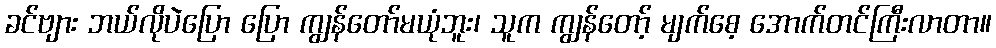
ခင်ဗျား ဘယ်လိုပဲပြော ပြော ကျွန်တော်မယုံဘူး၊ သူက ကျွန်တော့် မျက်စေ့ အောက်တင်ကြီးလာတာ။